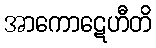
အာကောဋေဟီတိ